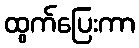
ထွက်ပြေးကာ